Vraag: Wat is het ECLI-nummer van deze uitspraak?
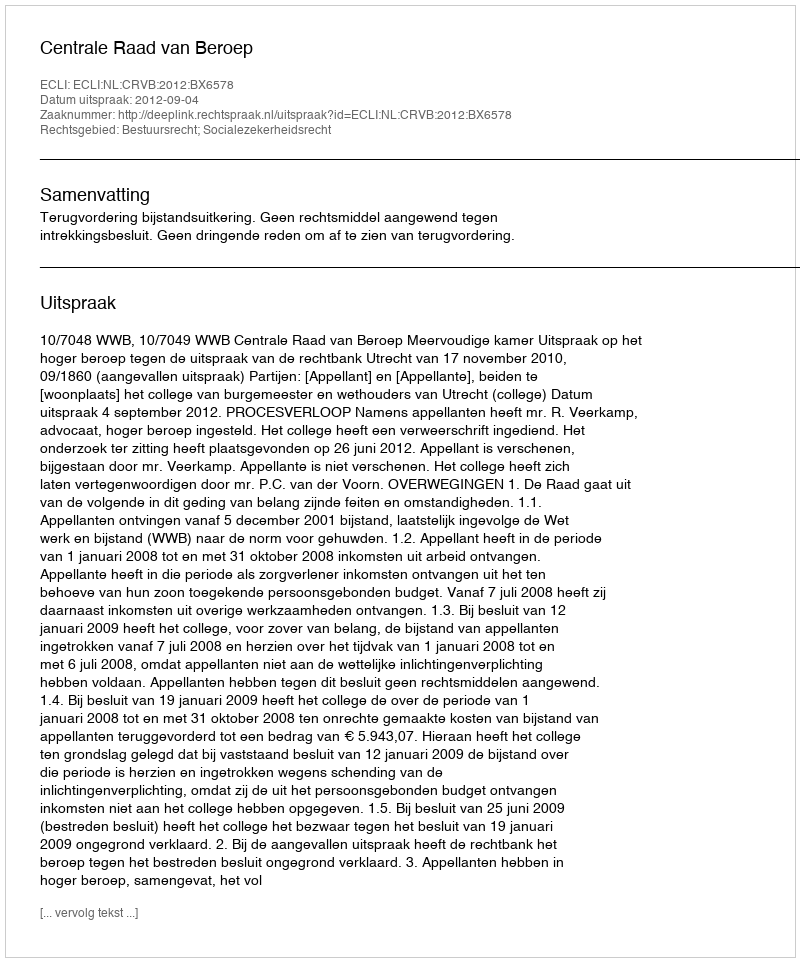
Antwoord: ECLI:NL:CRVB:2012:BX6578